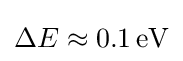
\Delta E\approx 0.1\,\mathrm {eV}